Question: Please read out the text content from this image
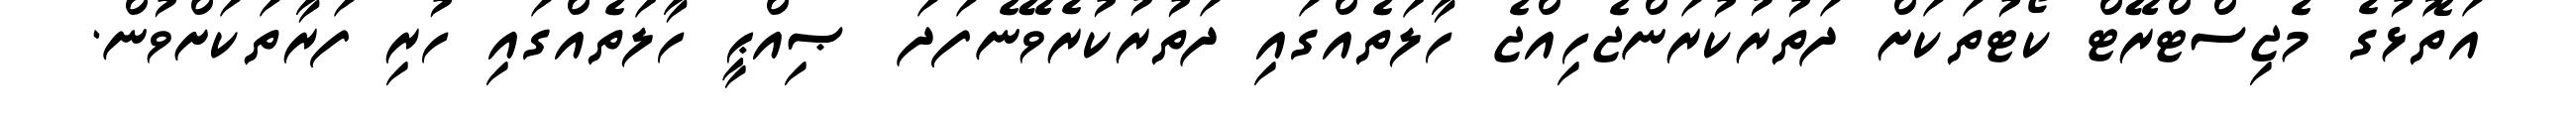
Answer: އަތޮޅުގެ މެޖިސްޓްރޭޓް ކޯޓުތަކަށް ދަތުރުކުރަންޖެހިއްޖެ ހާލަތެއްގައި ދަތުރުކުރެވޭނެފަދަ ޞިއްޙީ ހާލަތެއްގައި ހުރި ފަރާތަކަށްވުން.